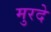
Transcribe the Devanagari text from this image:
मुरदे